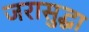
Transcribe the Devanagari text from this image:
जरासुद्धा